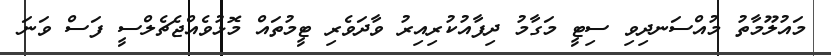
މައުލޫމާތު މުއްސަނދިވި ސިޓީ މަގާމު ދިފާއުކުރިއިރު ވާދަވެރި ޓީމުތައް މޮޅުވެއްޖެޗެލްސީ ފަސް ވަނަ